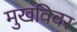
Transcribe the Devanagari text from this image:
मुखविवर